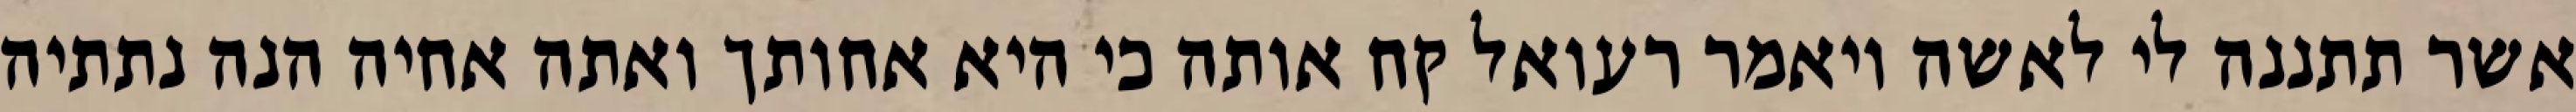
אשר תתננה לי לאשה ויאמר רעואל קח אותה כי היא אחותך ואתה אחיה הנה נתתיה